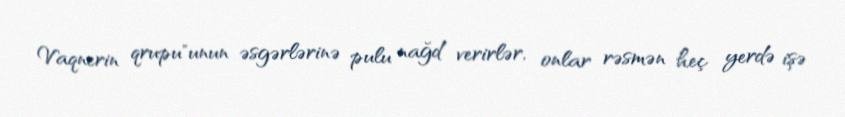
Vaqnerin qrupu"unun əsgərlərinə pulu nağd verirlər, onlar rəsmən heç yerdə işə